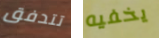
تتدفق يخفيه